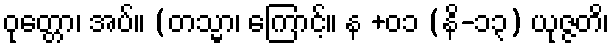
ဝုတ္တော၊ အပ်။ (တသ္မာ၊ ကြောင့်။ န +၀၁ (နိ-၁၃) ယုဇ္ဇတိ၊